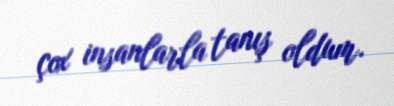
çox insanlarla tanış oldum.